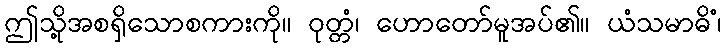
ဤသို့အစရှိသောစကားကို။ ဝုတ္တံ၊ ဟောတော်မူအပ်၏။ ယံသမာဓိံ၊